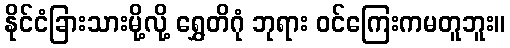
နိုင်ငံခြားသားမို့လို့ ရွှေတိဂုံ ဘုရား ဝင်ကြေးကမတူဘူး။